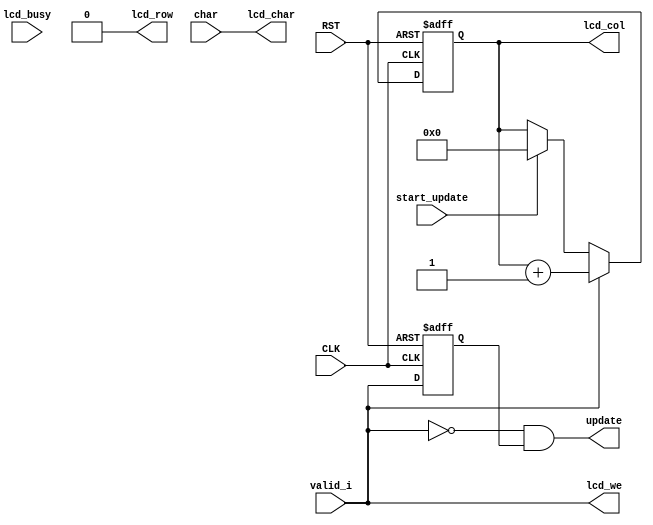

module lcd_control
  (
   input            CLK,
   input            RST,

   output           update,
   output           lcd_row, 
   output reg [3:0] lcd_col,
   output [7:0]     lcd_char,
   output           lcd_we,

   input            lcd_busy,

   input            valid_i,
   input            start_update,
   input [7:0]      char
   );

   reg              valid_i_d;
   
   assign lcd_char = char;
   assign lcd_we = valid_i;
   assign lcd_row = 1'b0;
   assign update = ~valid_i & valid_i_d;

   always @(posedge CLK or negedge RST)
     if (!RST) begin
        lcd_col <= 4'd0;
     end else begin
        if (valid_i)
          lcd_col <= lcd_col + 4'd1;
        else if (start_update)
          lcd_col <= 4'd0;
     end

   always @(posedge CLK or negedge RST)
     if (!RST) begin
        valid_i_d <= 1'b0;
     end else begin
        valid_i_d <= valid_i;
     end

endmodule